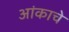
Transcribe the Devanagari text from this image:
आंकाचे